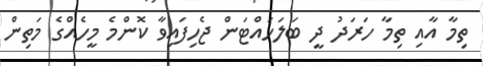
ތިމާ އާއި ތިމާ ހަރަދު ދީ ބަލަހައްޓަން ޖެހިފައިވާ ކޮންމެ މީހެއްގެ މަތިން